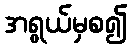
အရွယ်မှစ၍